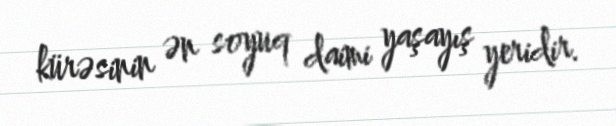
kürəsinin ən soyuq daimi yaşayış yeridir.